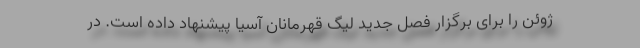
ژوئن را برای برگزار فصل جدید لیگ قهرمانان آسیا پیشنهاد داده است. در